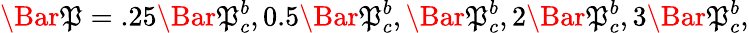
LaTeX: \Bar{\mathfrak{P}}=.25\Bar{\mathfrak{P}}_{c}^{b},0.5\Bar{\mathfrak{P}}_{c}^{b},\Bar{\mathfrak{P}}_{c}^{b},2\Bar{\mathfrak{P}}_{c}^{b},3\Bar{\mathfrak{P}}_{c}^{b},